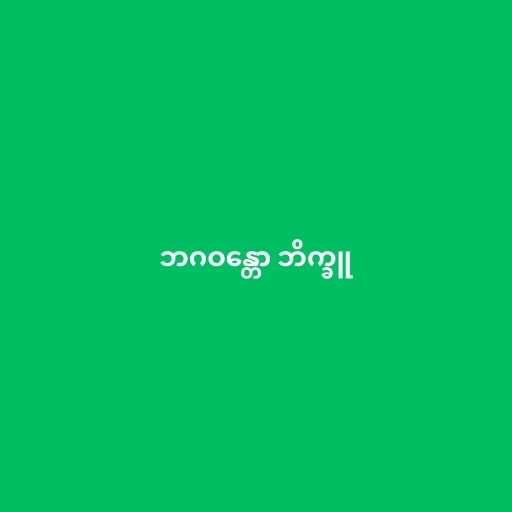
ဘဂဝန္တော ဘိက္ခူ